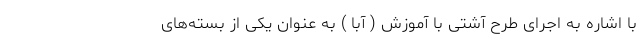
با اشاره به اجرای طرح آشتی با آموزش ( آبا ) به عنوان یکی از بسته‌های